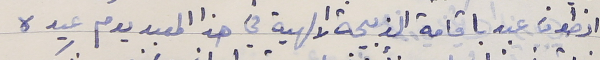
انطون عبد باقامة الذبيحة الالهية في هذا المعبد يوم عيده